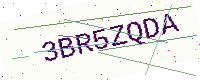
Text: 3BR5ZQDA